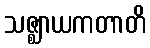
သဇ္ဈာယကတာတိ